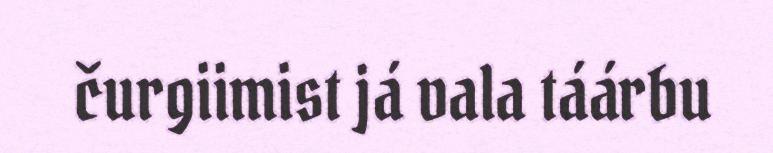
čurgiimist já vala táárbu